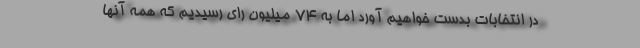
در انتخابات بدست خواهیم آورد اما به 74 میلیون رای رسیدیم که همه آنها